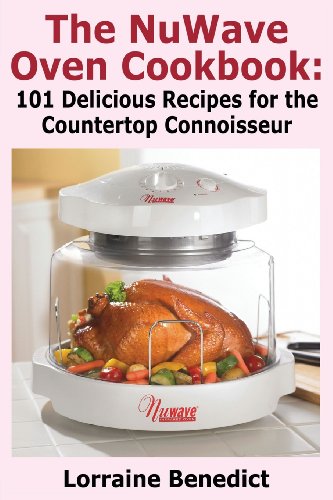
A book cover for The Nuwave Oven Cookbook: 101 Delicious Recipes for the Countertop Connoisseur; Lorraine Benedict; Cookbooks, Food & Wine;